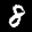
Label: 8